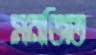
মনজিত